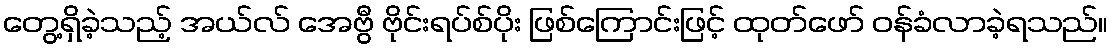
တွေ့ရှိခဲ့သည့် အယ်လ် အေဗွီ ဗိုင်းရပ်စ်ပိုး ဖြစ်ကြောင်းဖြင့် ထုတ်ဖော် ဝန်ခံလာခဲ့ရသည်။